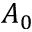
A _ { 0 }